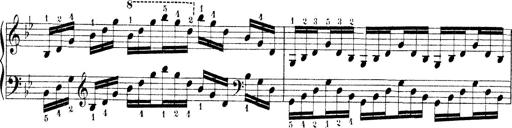
Title: Technische Studien
Composer: Franz Liszt